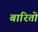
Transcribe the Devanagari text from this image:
बारितो